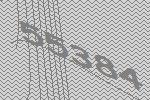
55384